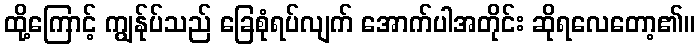
ထို့ကြောင့် ကျွန်ုပ်သည် ခြေစုံရပ်လျက် အောက်ပါအတိုင်း ဆိုရလေတော့၏။